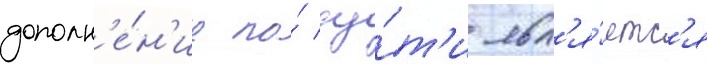
дополн'е́н'ие по́ су́т'и явл'я́етс'я